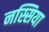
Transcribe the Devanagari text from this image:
नस्सिया